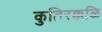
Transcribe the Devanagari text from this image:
कुतिरक्कळि